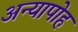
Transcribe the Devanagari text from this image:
अन्यापोह